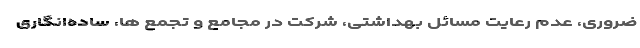
ضروری، عدم رعایت مسائل بهداشتی، شرکت در مجامع و تجمع ها، ساده‌انگاری